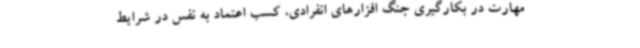
مهارت در بکارگیری جنگ افزارهای انفرادی، کسب اعتماد به نفس در شرایط